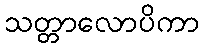
သတ္တာလောပိကာ